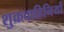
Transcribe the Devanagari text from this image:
शुक्रवाहिनियों